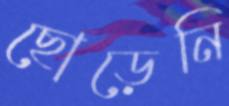
ছোড়েনি